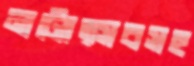
নাট্যোত্সবসহ